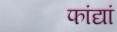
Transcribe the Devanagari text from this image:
फांद्यां